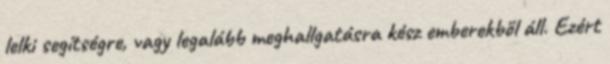
lelki segítségre, vagy legalább meghallgatásra kész emberekből áll. Ezért